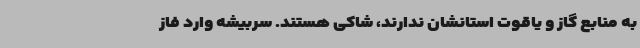
به منابع گاز و یاقوت استانشان ندارند، شاکی هستند. سربیشه وارد فاز